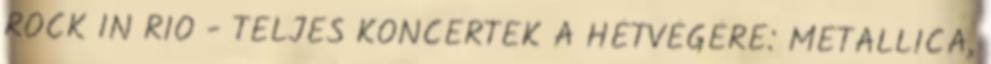
ROCK IN RIO - TELJES KONCERTEK A HÉTVÉGÉRE: METALLICA,